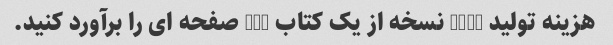
هزینه تولید 1000 نسخه از یک کتاب 400 صفحه ای را برآورد کنید.